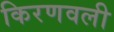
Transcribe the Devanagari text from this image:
किरणवली